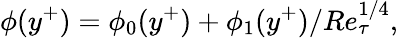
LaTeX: \phi(y^{+})=\phi_{0}(y^{+})+\phi_{1}(y^{+})/Re_{\tau}^{1/4},